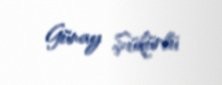
Günay Şükürlü